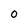
Character: O